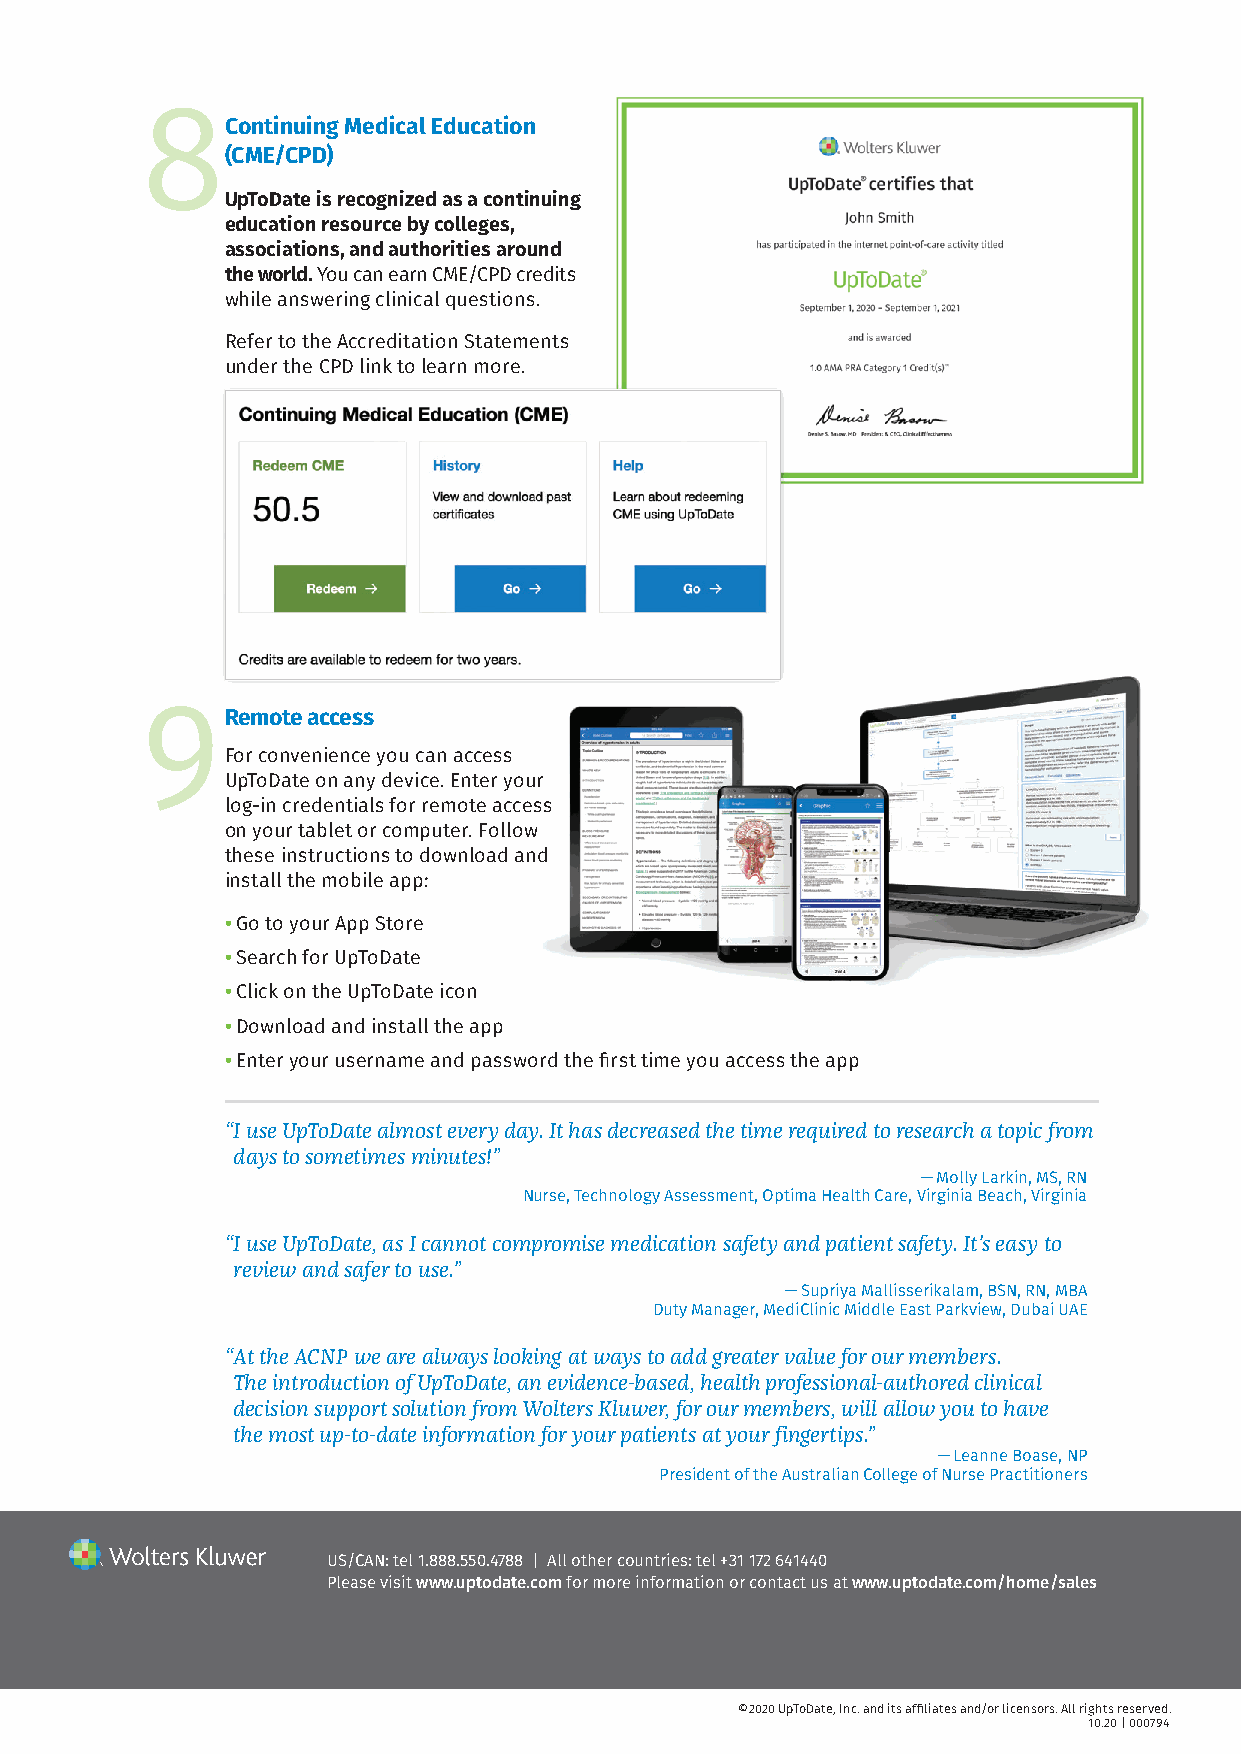
8
 Continuing Medical Education
 (CME/CPD)
 UpToDate is recognized as a continuing
 education resource by colleges,
 associations, and authorities around
 the world. You can earn CME/CPD credits
 while answering clinical questions.
 Refer to the Accreditation Statements
 under the CPD link to learn more.
 9Remote    access
 For convenience you can access
 UpToDate on any device. Enter your
 log-in credentials for remote access
 on your tablet or computer. Follow
 these instructions to download and
 install the mobile app:
 • Go to your App Store
 • Search for UpToDate
 • Click on the UpToDate icon
 • Download and install the app
 • Enter your username and password the first time you access the app
 “ I use UpToDate almost every day. It has decreased the time required to research a topic from
 days to sometimes minutes!”
 — Molly Larkin, MS, RN
 Nurse, Technology Assessment, Optima Health Care, Virginia Beach, Virginia
 “ I use UpToDate, as I cannot compromise medication safety and patient safety. It’s easy to
 review and safer to use.”
 — Supriya Mallisserikalam, BSN, RN, MBA
 Duty Manager, MediClinic Middle East Parkview, Dubai UAE
 “ At the ACNP we are always looking at ways to add greater value for our members.
 The introduction of UpToDate, an evidence-based, health professional-authored clinical
 decision support solution from Wolters Kluwer, for our members, will allow you to have
 the most up-to-date information for your patients at your fingertips.”
 — Leanne Boase, NP
 President of the Australian College of Nurse Practitioners
 US/CAN: tel 1.888.550.4788 | All other countries: tel +31 172 641440
 Please visit www.uptodate.com for more information or contact us at www.uptodate.com/home/sales
 ©2020 UpToDate, Inc. and its affiliates and/or licensors. All rights reserved.
 10.20 | 000794